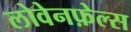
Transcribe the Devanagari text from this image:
लोवेनफ़ेल्स